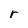
Character: r